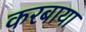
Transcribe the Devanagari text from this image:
करबाया